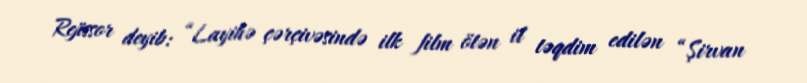
Rejissor deyib: “Layihə çərçivəsində ilk film ötən il təqdim edilən “Şirvan